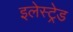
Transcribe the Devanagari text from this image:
इलेस्ट्रेड